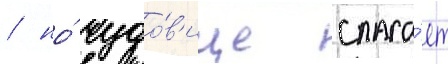
/ но́ чудо́в'ище спаса́ет